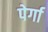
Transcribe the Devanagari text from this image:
पेर्गा